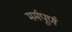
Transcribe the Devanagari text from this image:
मर्मपूर्ण